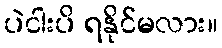
ပဲငါးပိ ရနိုင်မလား။